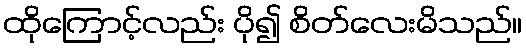
ထိုကြောင့်လည်း ပို၍ စိတ်လေးမိသည်။